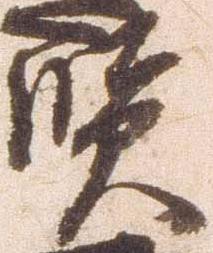
賢